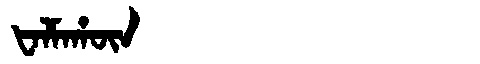
Manchu: ᡶᠠᠯᠮᠠᡥᡡᠨ
Romanization: FALMAHŪN